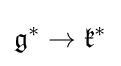
{\mathfrak {g}}^{*}\to {\mathfrak {k}}^{*}